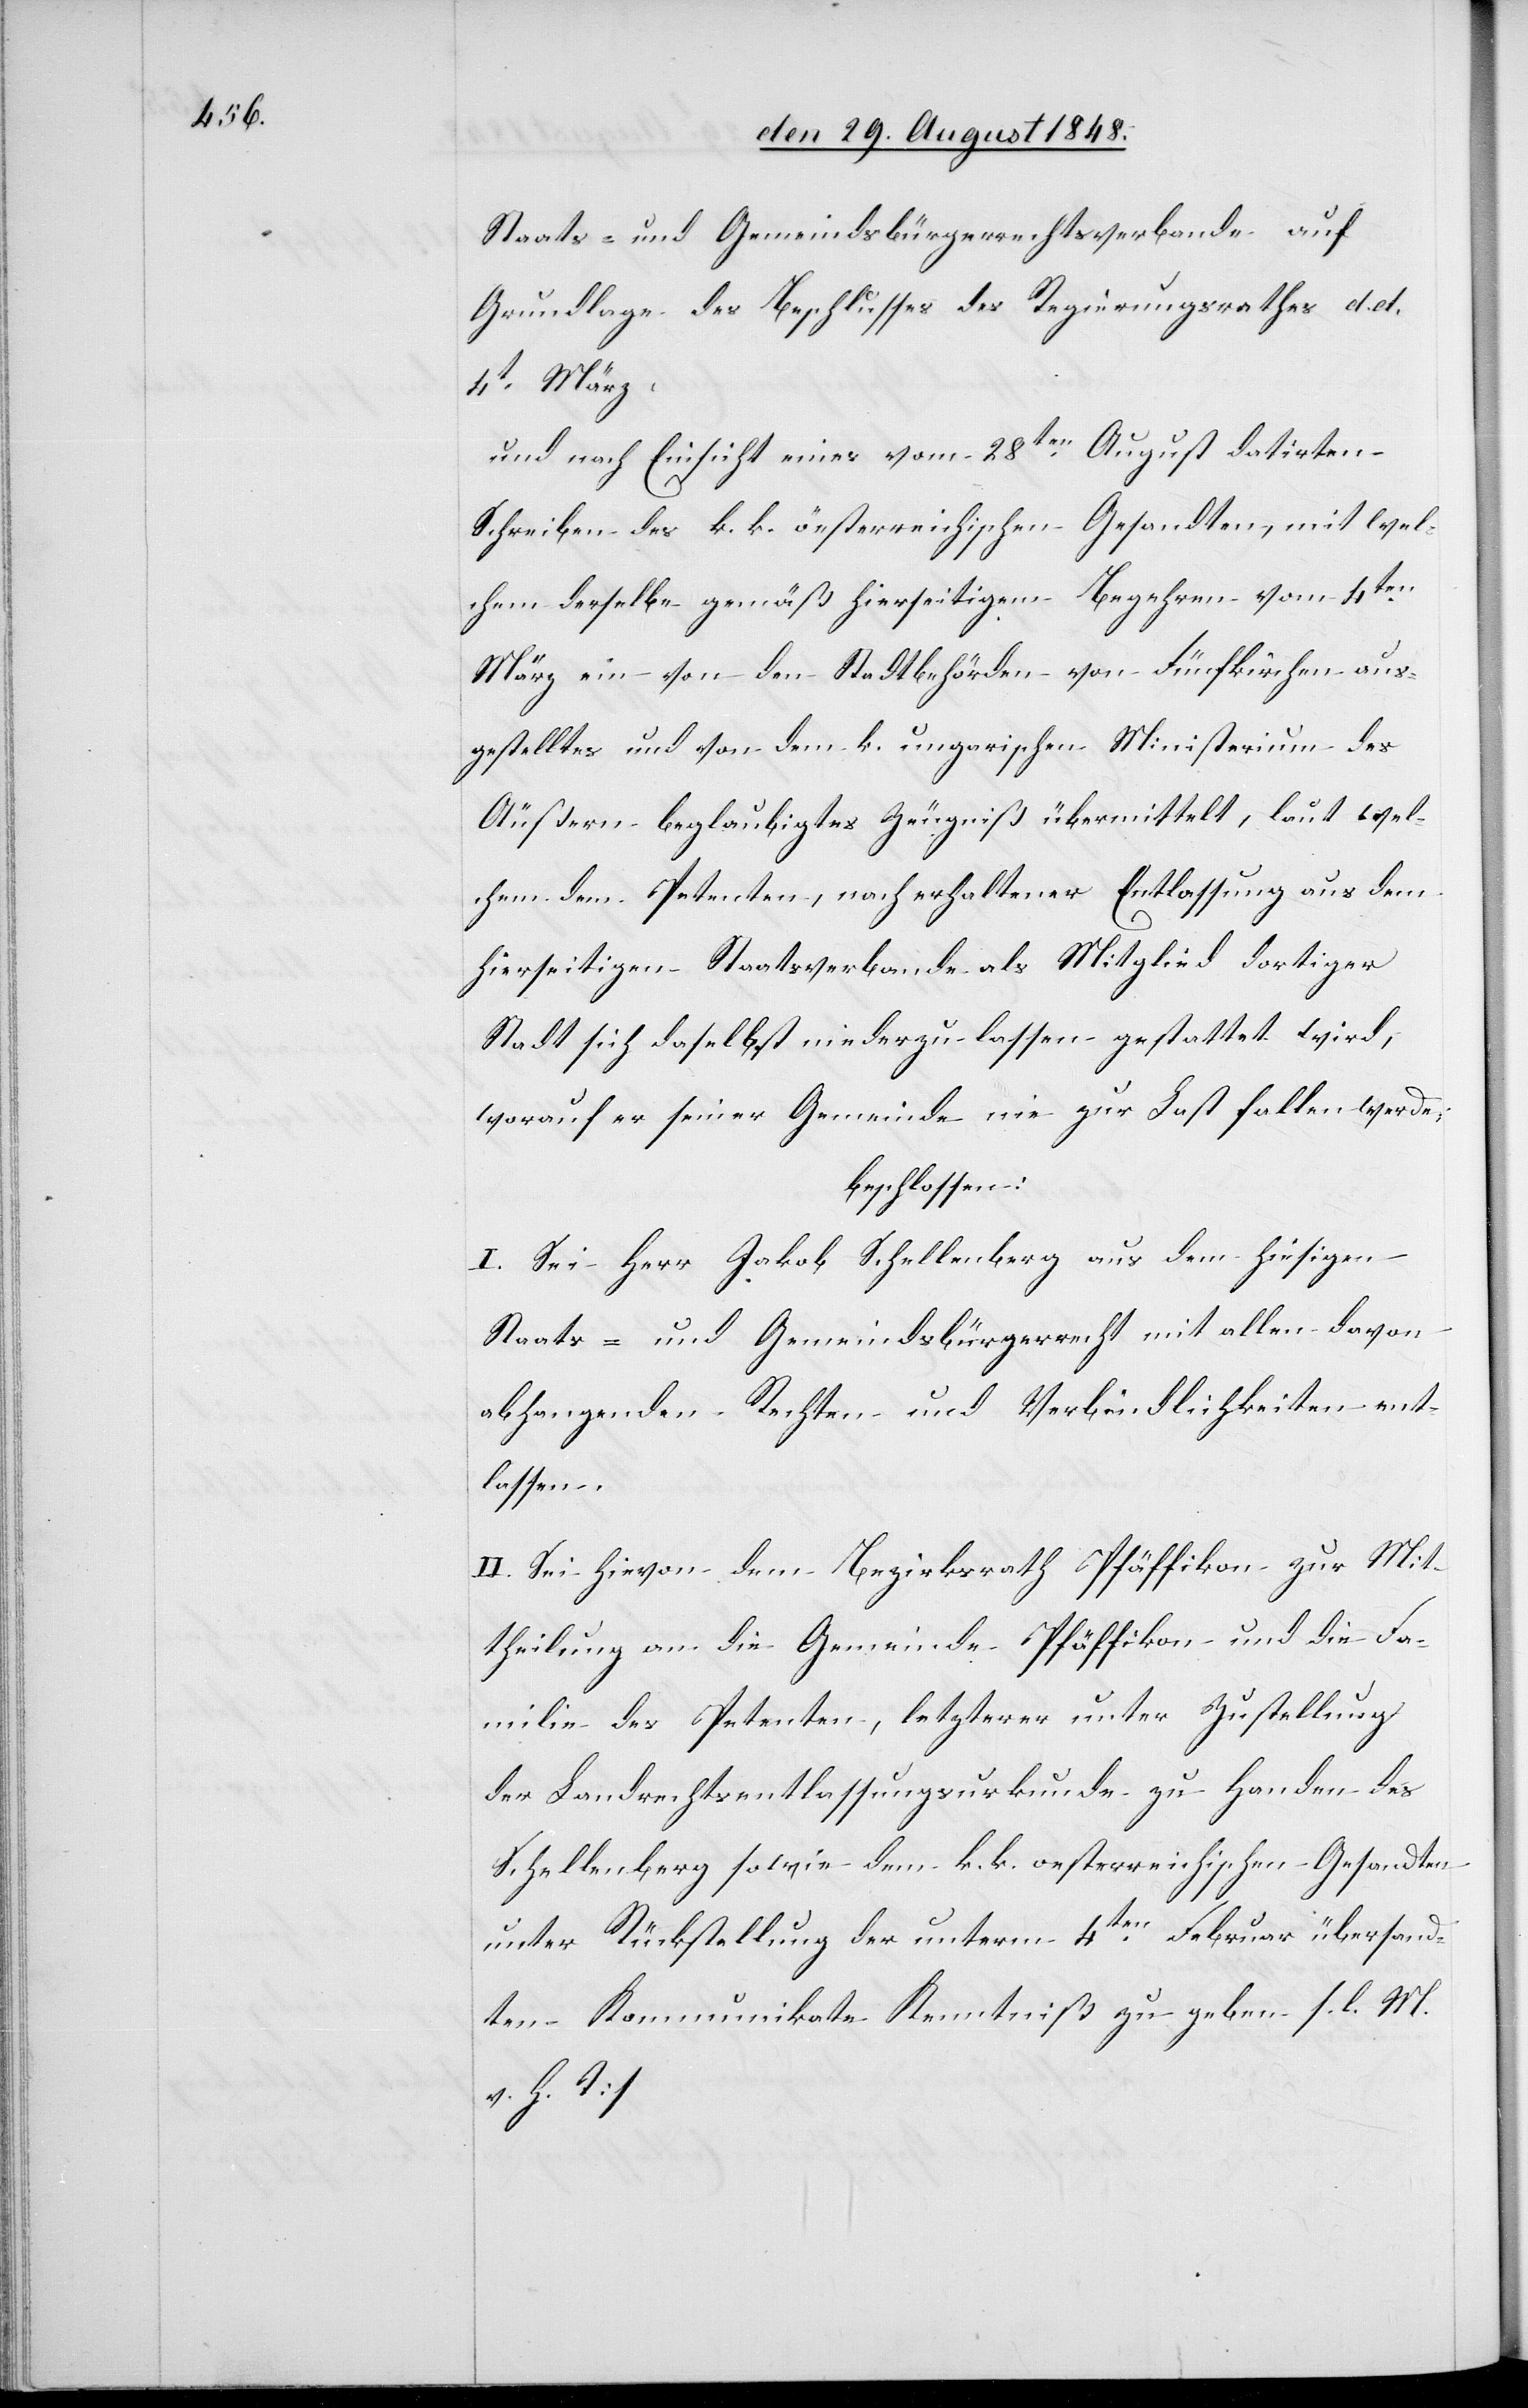
Staats- und Gemeindsbürgerrechtsverbande auf
Grundlage des Beschlusses des Regierungsrathes d. d.
4t März,
und nach Einsicht eines vom 28ten August datirten
Schreiben des k. k. öesterreichischen [sic!] Gesandten, mit wel¬
chem derselbe gemäß hierseitigem Begehren vom 4ten
März ein von den Stadtbehörden von Fünfkirchen aus¬
gestelltes und von dem k. ungarischen Ministerium des
Äußern beglaubigtes Zeugniß übermittelt, laut wel¬
chem dem Petenten, nach erhaltener Entlassung aus dem
hierseitigen Staatsverbande als Mitglied dortiger
Stadt sich daselbst niederzulassen gestattet wird,
worauf er seiner Gemeinde nie zur Last fallen werde;
beschlossen:
I. Sei Herr Jakob Schellenberg aus dem hiesigen
Staats- und Gemeindsbürgerrecht mit allen davon
abhangenden Rechten und Verbindlichkeiten ent¬
lassen.
II. Sei hievon dem Bezirksrath Pfäffikon zur Mit¬
theilung an die Gemeinde Pfäffikon und die Fa¬
milie des Petenten, letzterer unter Zustellung
des Landrechtsentlassungsurkunde zu Handen des
Schellenberg sowie dem k. k. oesterreichischen Gesandten
unter Rückstellung der unterm 4ten Februar übersand¬
ten Kommunikate Kenntniß zu geben. [l. M.
v. h. T]